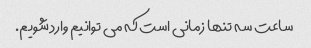
ساعت سه تنها زمانی است که می توانیم وارد شویم.